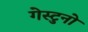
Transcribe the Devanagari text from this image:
गेस्टुनो